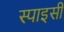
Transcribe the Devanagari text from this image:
स्‍पाइसी